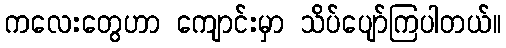
ကလေးတွေဟာ ကျောင်းမှာ သိပ်ပျော်ကြပါတယ်။